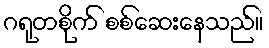
ဂရုတစိုက် စစ်ဆေးနေသည်။